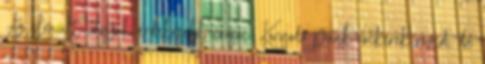
Az elmúlt időszak érdekesebb í­rásai: Korosodó punk-rockerek rövid, de